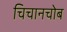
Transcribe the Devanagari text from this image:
चिचानचोब